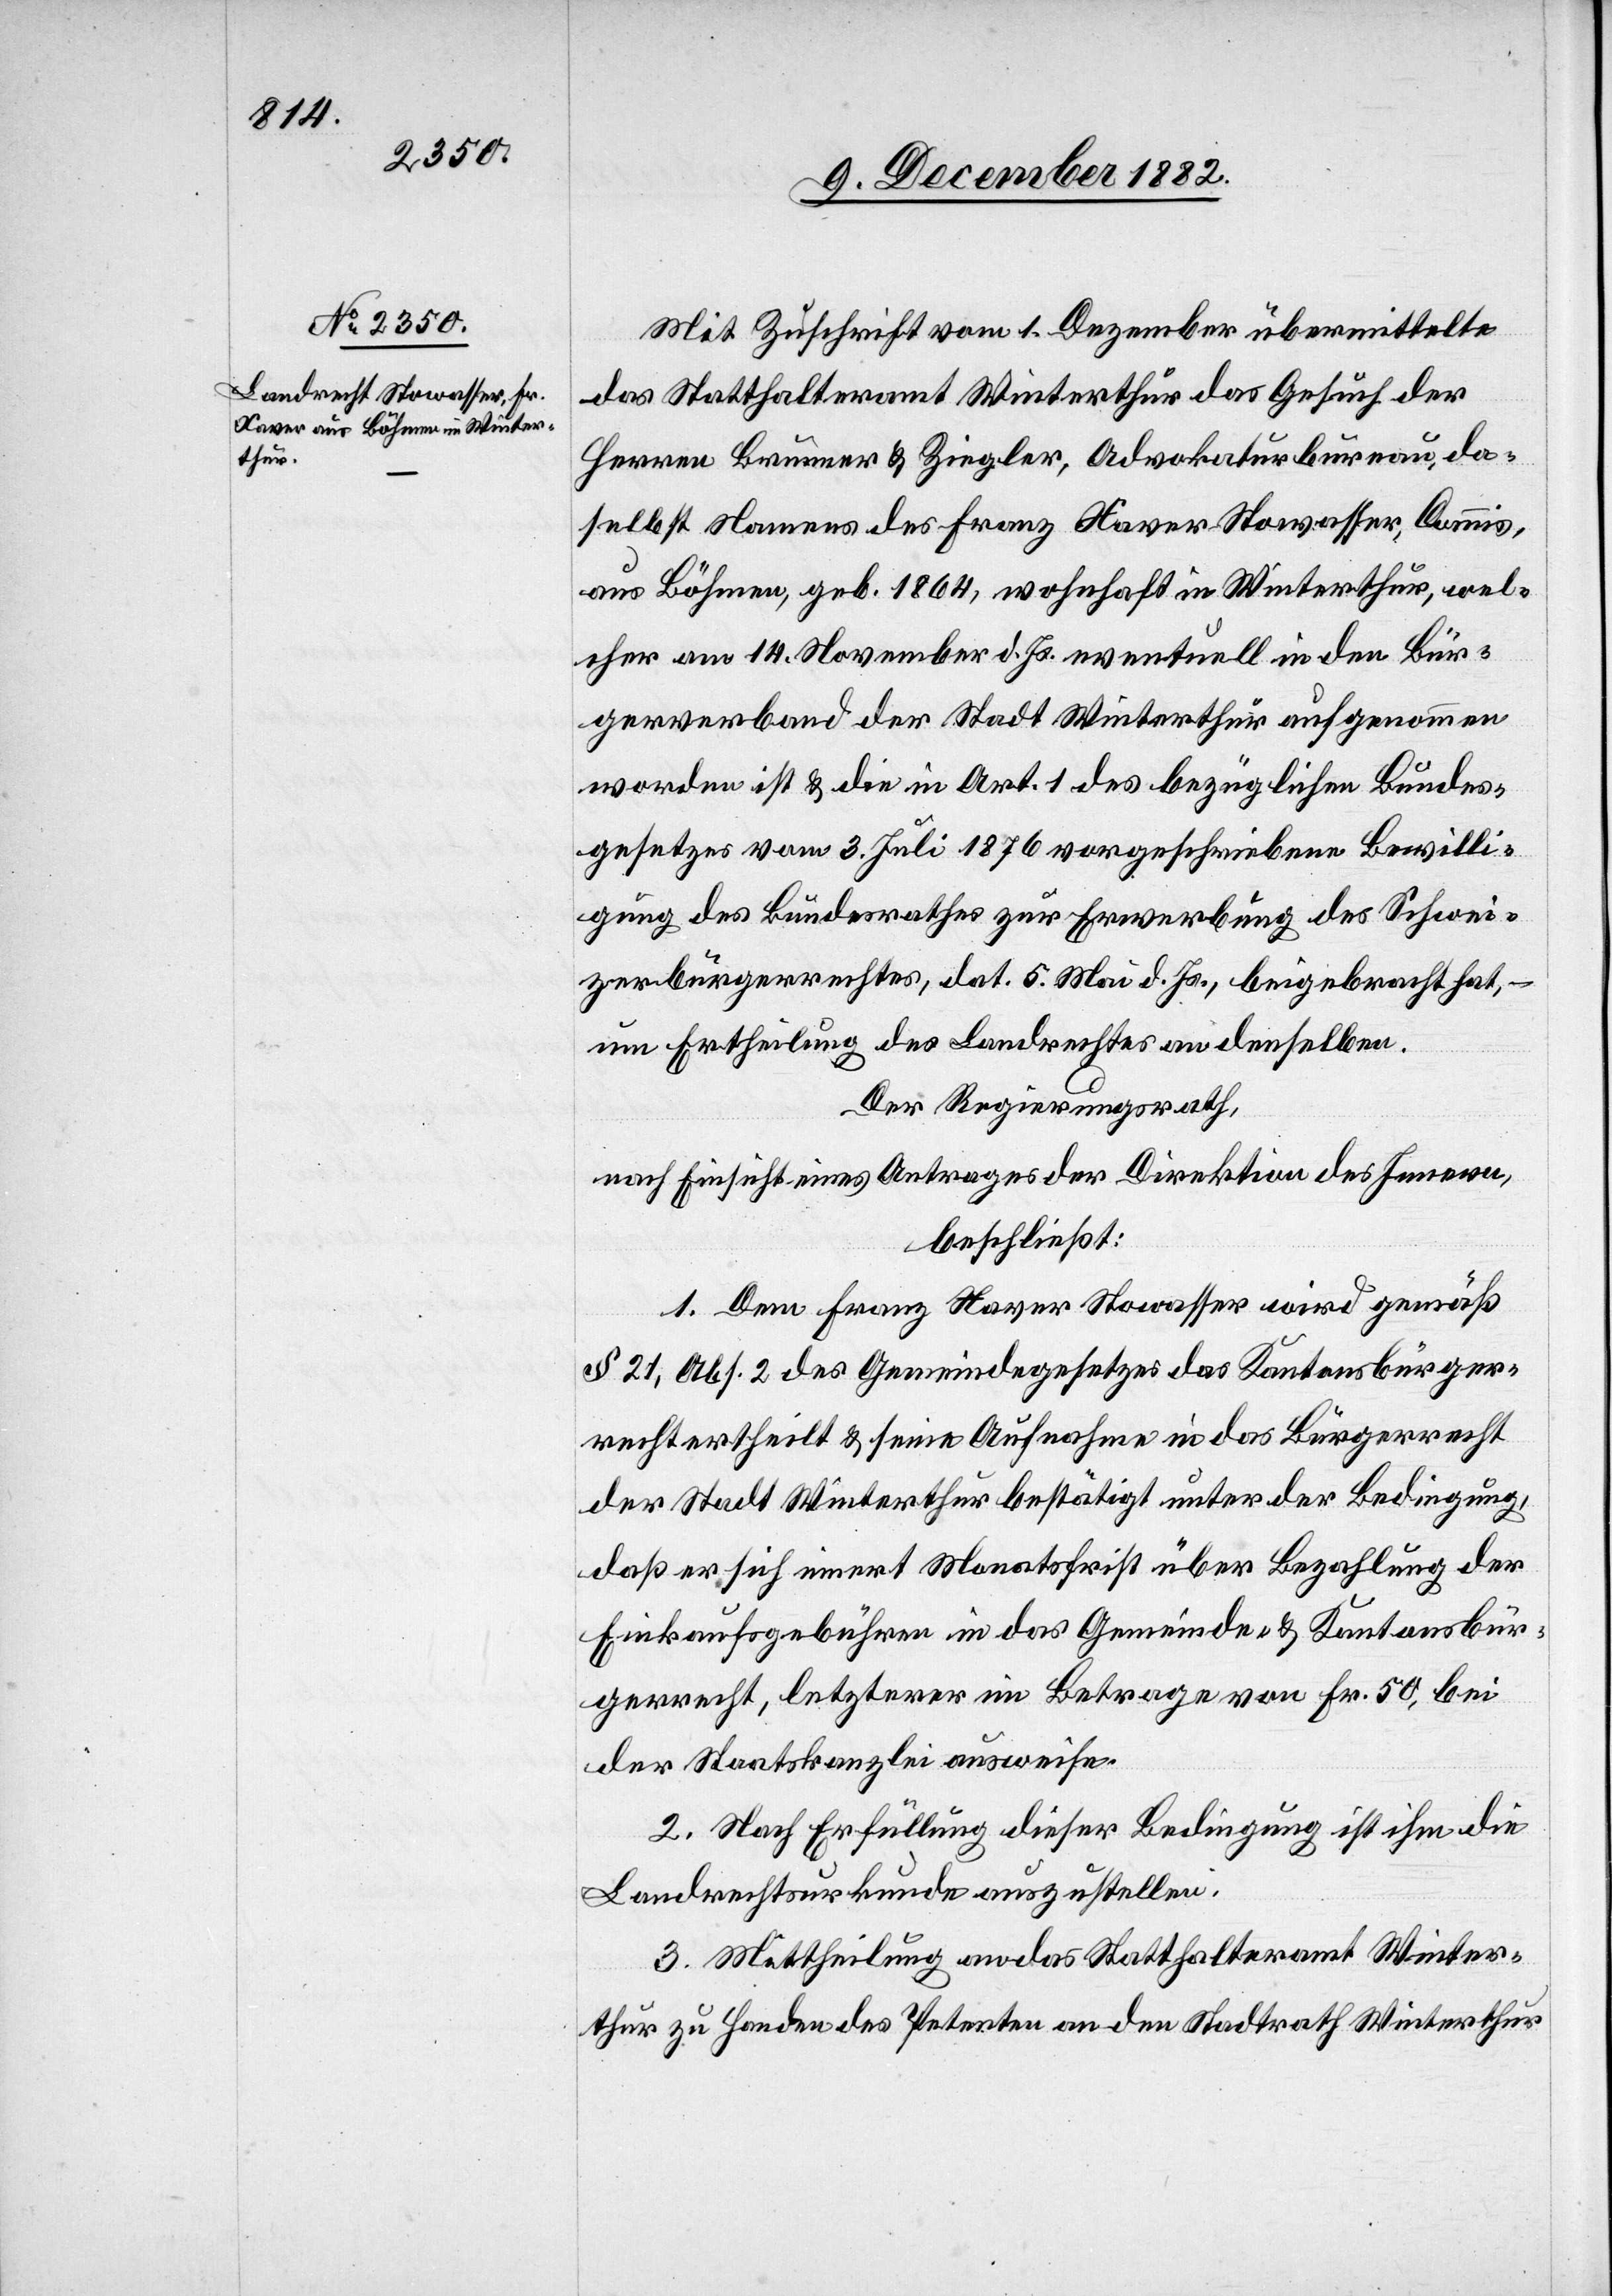
Mit Zuschrift vom 1. Dezember übermittelte
das Statthalteramt Winterthur das Gesuch der
Herren Brunner & Ziegler, Advokaturbureau, da¬
selbst Namens des Franz Xaver Stowasser, Commis,
aus Böhmen, geb. 1864, wohnhaft in Winterthur, wel¬
cher am 14. November d. Js. eventuell in den Bür¬
gerverband der Stadt Winterthur aufgenommen
worden ist & die in Art. 1 des bezüglichen Bundes¬
gesetzes vom 3. Juli 1876 vorgeschriebene Bewilli¬
gung des Bundesrathes zur Erwerbung des Schwei¬
zerbürgerrechtes, dat. 5. Mai d. Js., beigebracht hat,
um Ertheilung des Landrechtes an denselben.
Der Regierungsrath,
nach Einsicht eines Antrages der Direktion des Innern,
beschließt:
1. Dem Franz Xaver Stowasser wird gemäß
§ 21, Abs. 2 des Gemeindegesetzes das Kantonsbürger¬
recht ertheilt & seine Aufnahme in das Bürgerrecht
der Stadt Winterthur bestätigt unter der Bedingung,
daß er sich innert Monatsfrist über Bezahlung der
Einkaufsgebühren in das Gemeinde- & Kantonsbür¬
gerrecht, letzterer im Betrage von Fr. 50, bei
der Staatskanzlei ausweise.
2. Nach Erfüllung dieser Bedingung ist ihm die
Landrechtsurkunde auszustellen.
3. Mittheilung an das Statthalteramt Winter¬
thur zu Handen des Petenten[,] an den Stadtrath Winterthur